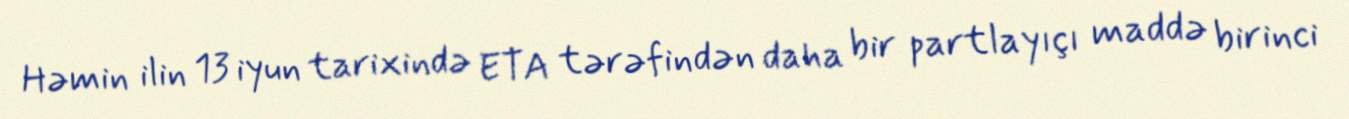
Həmin ilin 13 iyun tarixində ETA tərəfindən daha bir partlayıçı maddə birinci